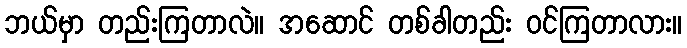
ဘယ်မှာ တည်းကြတာလဲ။ အဆောင် တစ်ခါတည်း ဝင်ကြတာလား။